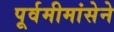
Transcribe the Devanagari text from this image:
पूर्वमीमांसेने